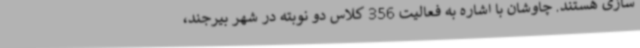
سازی هستند. چاوشان با اشاره به فعالیت 356 کلاس دو نوبته در شهر بیرجند،